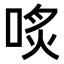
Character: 𠶨